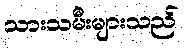
သားသမီးများသည်